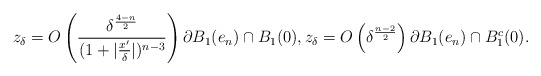
\begin{align*}z_\delta= O\left(\frac{\delta^\frac{4-n}{2}}{(1+|\frac{x'}{\delta}|)^{n-3}}\right) \partial B_1(e_n)\cap B_1(0),z_\delta= O\left(\delta^\frac{n-2}{2}\right) \partial B_1(e_n) \cap B_1^c(0).\end{align*}